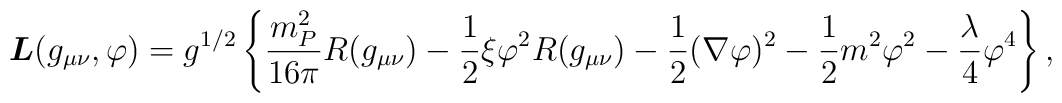
{\mbox{\boldmath $L$}}(g_{\mu\nu},\varphi)	=g^{1/2}\left\{\frac{m_{P}^{2}}{16\pi} R(g_{\mu\nu})	-\frac{1}{2}\xi\varphi^{2}R(g_{\mu\nu})	-\frac{1}{2}(\nabla\varphi)^{2}	-\frac{1}{2}m^{2}\varphi^{2}	-\frac{\lambda}{4}\varphi^{4}\right\},